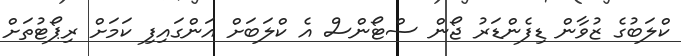
ކްލަބުގެ ޒުވާން ޑިފެންޑަރު ޖޯން ސްޓޯންސް އެ ކްލަބަށް އަންގައިފި ކަމަށް ރިޕޯޓުތަށް